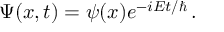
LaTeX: \Psi ( x , t ) = \psi ( x ) e ^ { - i E t / \hbar } \, .